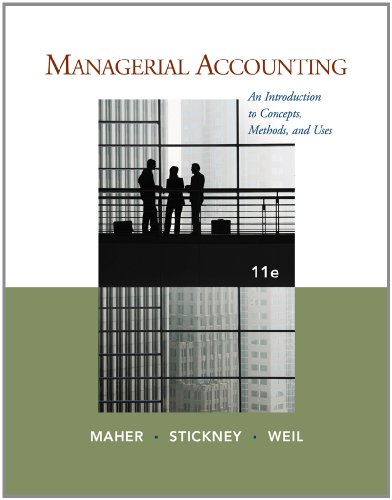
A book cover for Managerial Accounting: An Introduction to Concepts, Methods and Uses; Michael W. Maher; Business & Money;